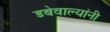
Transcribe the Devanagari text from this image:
डबेवाल्यांनी